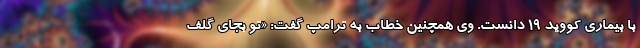
با بیماری کووید ۱۹ دانست. وی همچنین خطاب به ترامپ گفت: «تو بجای گلف